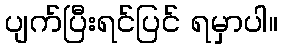
ပျက်ပြီးရင်ပြင် ရမှာပါ။